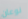
نوعان